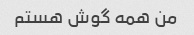
من همه گوش هستم